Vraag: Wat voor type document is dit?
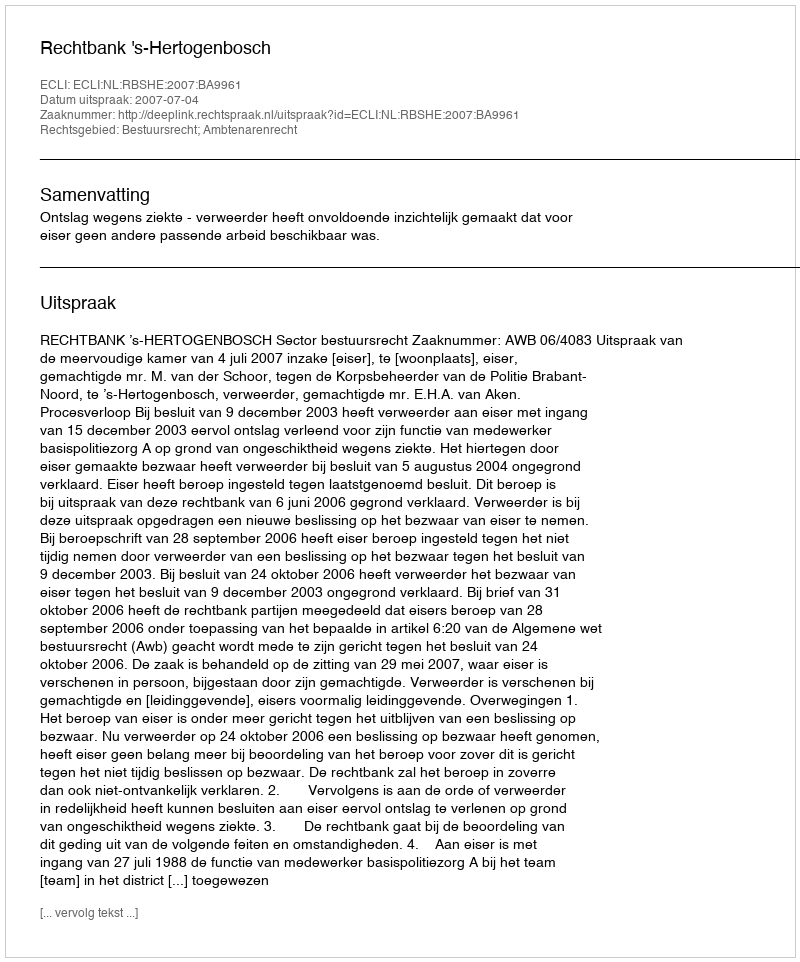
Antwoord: Uitspraak